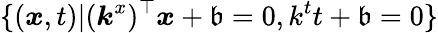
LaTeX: \{ (\boldsymbol{x},t)|(\boldsymbol{k}^{x})^{\top}\boldsymbol{x}+\mathfrak{b}=0,k^{t}t+\mathfrak{b}=0\}